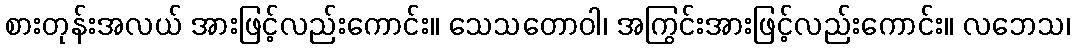
စားတုန်းအလယ် အားဖြင့်လည်းကောင်း။ သေသတောဝါ၊ အကြွင်းအားဖြင့်လည်းကောင်း။ လဘေသ၊